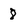
Character: 8